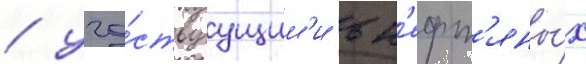
/ уча́ствуущим'и в н'ефт'яны́х